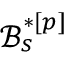
\mathcal { B } _ { s } ^ { * [ p ] }